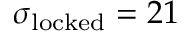
\sigma _ { \mathrm { l o c k e d } } = 2 1